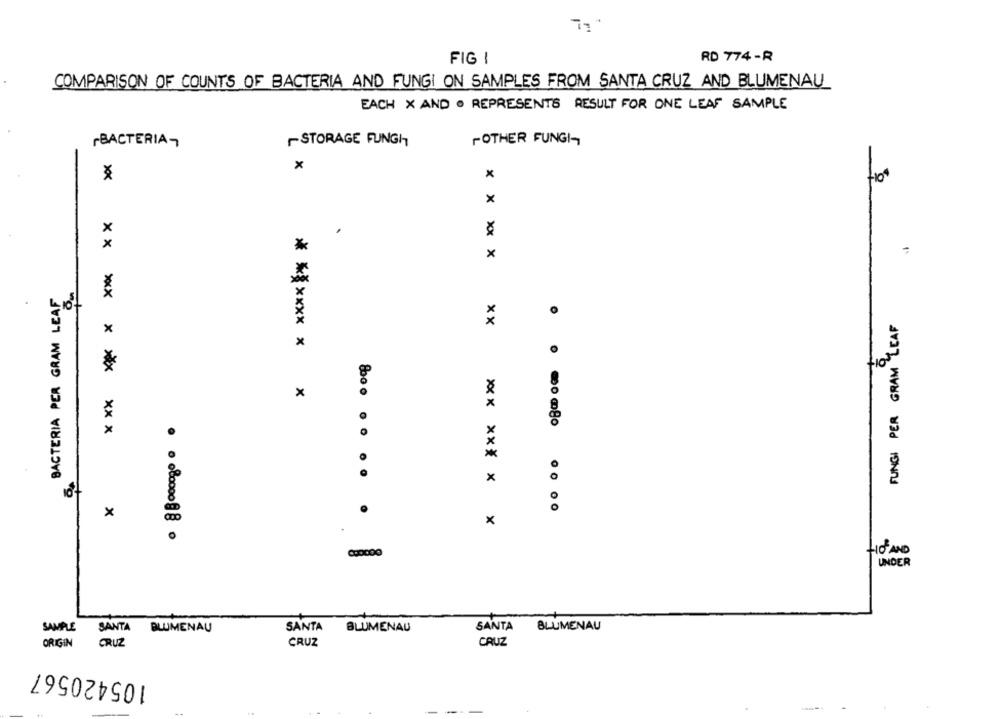
RD 774 -R
FIG 1
COMPARISON OF COUNTS OF BACTERIA AND FUNGI ON SAMPLES FROM SANTA CRUZ AND BLUMENAU_
EACH X AND . REPRESENTS RESULT FOR ONE LEAF SAMPLE
BACTERIA-
-STORAGE FUNGH
FOTHER FUNGI-
x
x
x
*
×
xx xxx
BACTERIA PER GRAM LEAF
107
FUNGI PER GRAM LEAF
x
x
* ****** * *
** ** * ** x ***
×
x
×
x
*** *** * *
fioFANO
UNDER
SANTA
SANTA
BLUMENAU
SANTA
BLUMENAU
BLUMENAU
ORIGIN
CRUZ
CRUZ
CRUZ
105420567